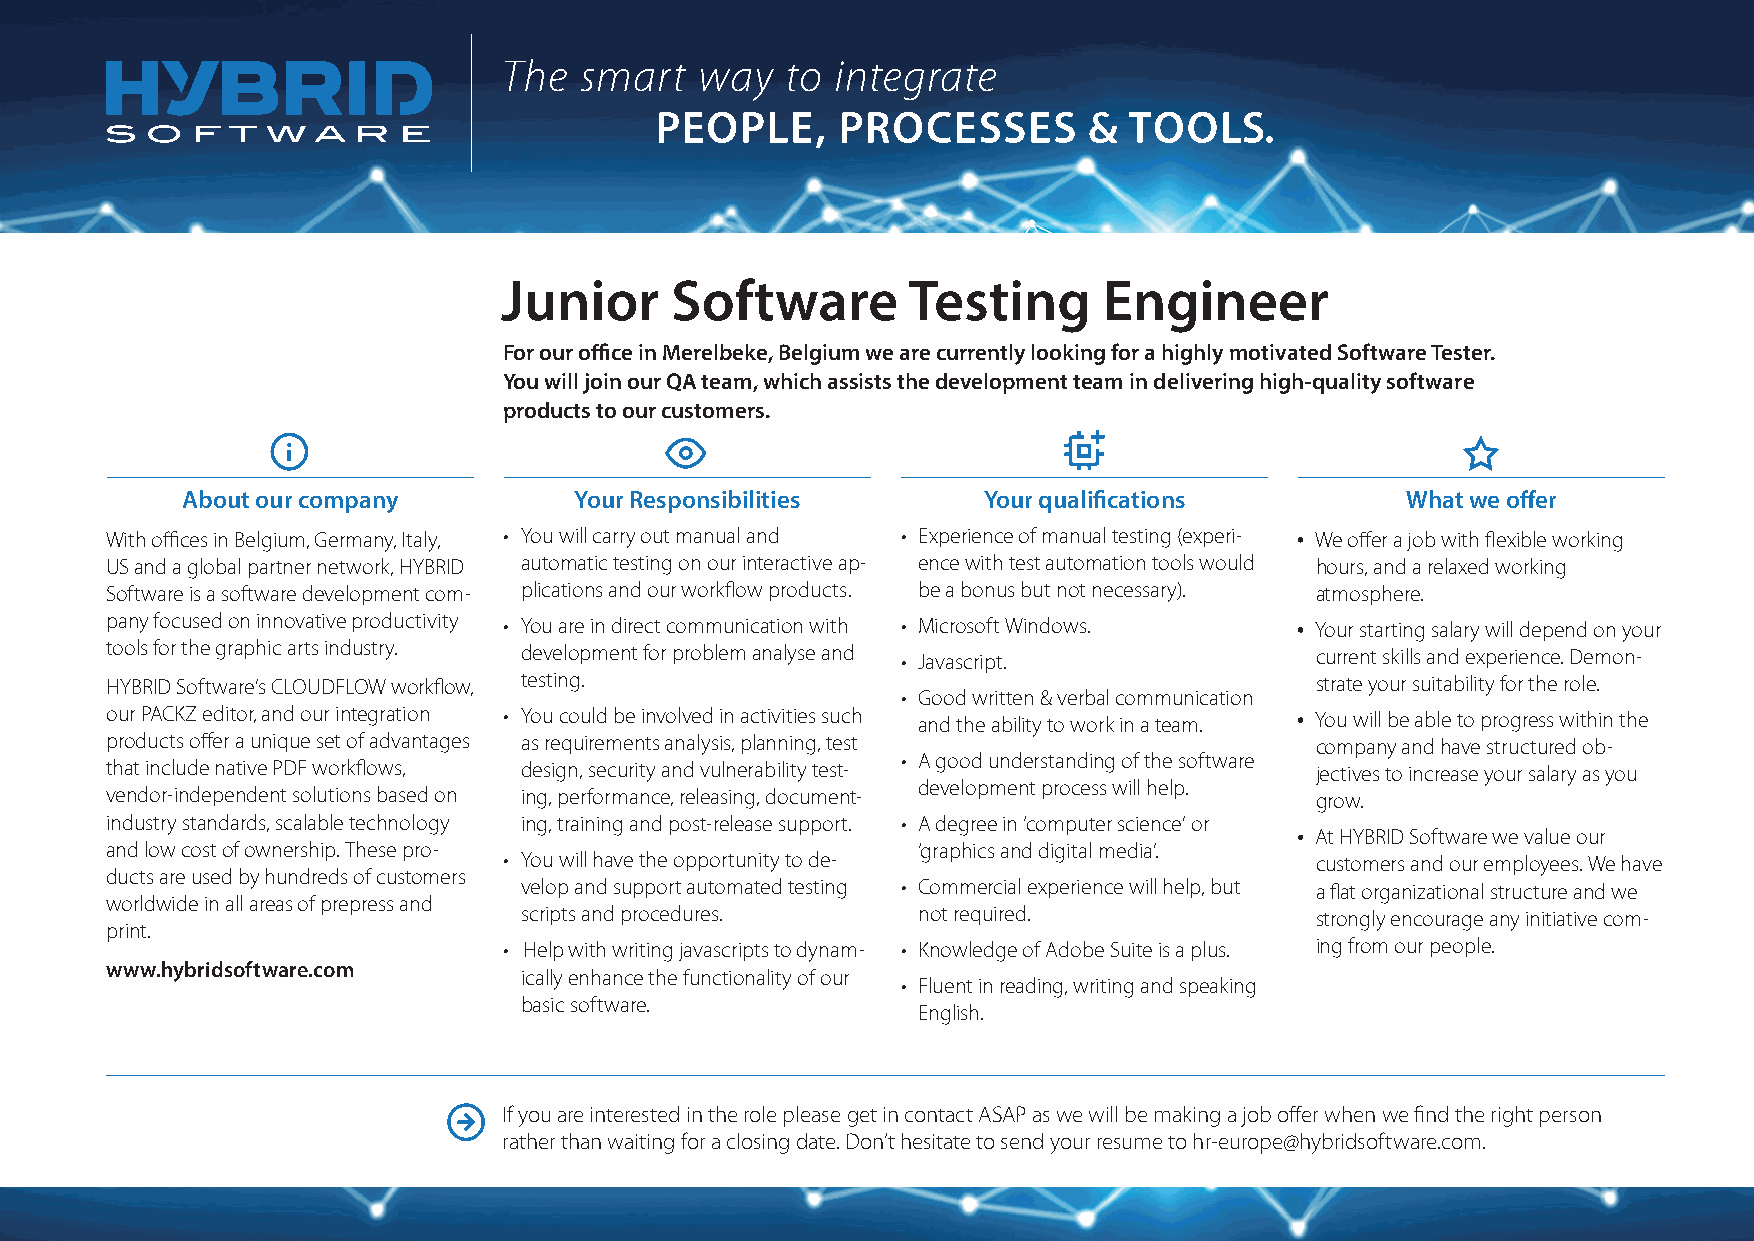
Junior     Software        Testing      Engineer
 For our office in Merelbeke, Belgium we are currently looking for a highly motivated Software Tester.
 You will join our QA team, which assists the development team in delivering high-quality software
 products to our customers.
 About our company         Your Responsibilities      Your qualifications         What we offer
 With offices in Belgium, Germany, Italy, • You will carry out manual and • Experience of manual testing (experi- We offer a job with flexible working
 US and a global partner network, HYBRID automatic testing on our interactive ap- ence with test automation tools would hours, and a relaxed working
 Software is a software development com- plications and our workflow products. be a bonus but not necessary). atmosphere.
 pany focused on innovative productivity • You are in direct communication with • Microsoft Windows. Your starting salary will depend on your
 tools for the graphic arts industry. development for problem analyse and • Javascript. current skills and experience. Demon-
 HYBRID Software’s CLOUDFLOW workflow, testing.                                  strate your suitability for the role.
 • Good written & verbal communication
 our PACKZ editor, and our integration • You could be involved in activities such and the ability to work in a team. You will be able to progress within the
 products offer a unique set of advantages as requirements analysis, planning, test company and have structured ob-
 • A good understanding of the software
 that include native PDF workflows, design, security and vulnerability test-     jectives to increase your salary as you
 development process will help.
 vendor-independent solutions based on ing, performance, releasing, document-    grow.
 industry standards, scalable technology ing, training and post-release support. • A degree in ‘computer science’ or
 At HYBRID Software we value our
 and low cost of ownership. These pro-                 ‘graphics and digital media’.
 • You will have the opportunity to de-                customers and our employees. We have
 ducts are used by hundreds of customers
 velop and support automated testing • Commercial experience will help, but a flat organizational structure and we
 worldwide in all areas of prepress and
 scripts and procedures.   not required.             strongly encourage any initiative com-
 print.
 • Help with writing javascripts to dynam- • Knowledge of Adobe Suite is a plus. ing from our people.
 www.hybridsoftware.com
 ically enhance the functionality of our
 • Fluent in reading, writing and speaking
 basic software.
 English.
 If you are interested in the role please get in contact ASAP as we will be making a job offer when we find the right person
 rather than waiting for a closing date. Don’t hesitate to send your resume to hr-europe@hybridsoftware.com.